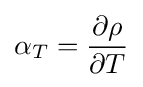
\alpha _{T}={\frac {\partial \rho }{\partial T}}